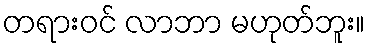
တရားဝင် လာဘာ မဟုတ်ဘူး။